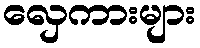
လှေကားများ